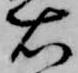
右